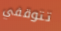
تتوقفي